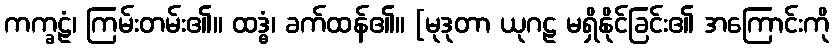
ကက္ခဠံ၊ ကြမ်းတမ်း၏။ ထဒ္ဓံ၊ ခက်ထန်၏။ [မုဒုတာ ယုဂဠ မရှိနိုင်ခြင်း၏ အကြောင်းကို